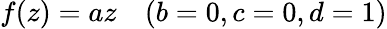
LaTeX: f(z)=az\quad(b=0,c=0,d=1)